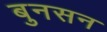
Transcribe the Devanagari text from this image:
बुनसन